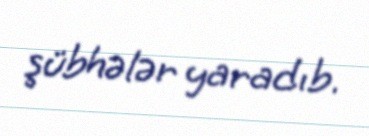
şübhələr yaradıb.